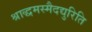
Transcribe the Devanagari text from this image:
श्राद्धमस्मैदद्युरिति